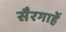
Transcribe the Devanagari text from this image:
सैरगाहें